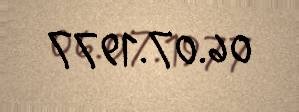
06.07.1977